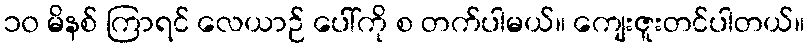
၁၀ မိနစ် ကြာရင် လေယာဉ် ပေါ်ကို စ တက်ပါမယ်။ ကျေးဇူးတင်ပါတယ်။